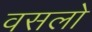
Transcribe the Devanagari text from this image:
वसलो